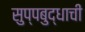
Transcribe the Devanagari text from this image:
सुप्पबुद्धाची